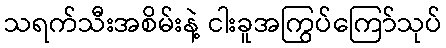
သရက်သီးအစိမ်းနဲ့ ငါးခူအကြွပ်ကြော်သုပ်